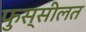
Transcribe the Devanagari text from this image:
फुस्सीलत